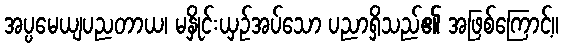
အပ္ပမေယျပညတာယ၊ မနှိုင်းယှဉ်အပ်သော ပညာရှိသည်၏ အဖြစ်ကြောင့်။